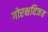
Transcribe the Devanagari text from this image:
गोरक्षविजय